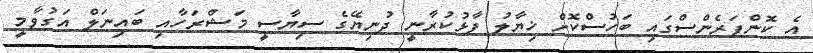
އެ ކޮންފަރެންސްގައި ބަހުސްކޮށް ޚިޔާލު ފާޅުކުރާނީ ދުނިޔޭގެ ސިޔާސީ މަޝްރަހާއި ބައިނަލް އަގުވާމީ